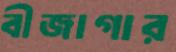
বীজাগার